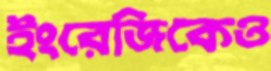
ইংরেজিকেও